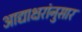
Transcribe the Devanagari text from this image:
आद्याक्षरांनुसार